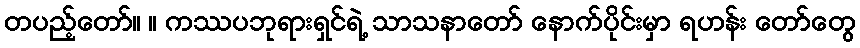
တပည့်တော်။ ။ ကဿပဘုရားရှင်ရဲ့ သာသနာတော် နောက်ပိုင်းမှာ ရဟန်း တော်တွေ